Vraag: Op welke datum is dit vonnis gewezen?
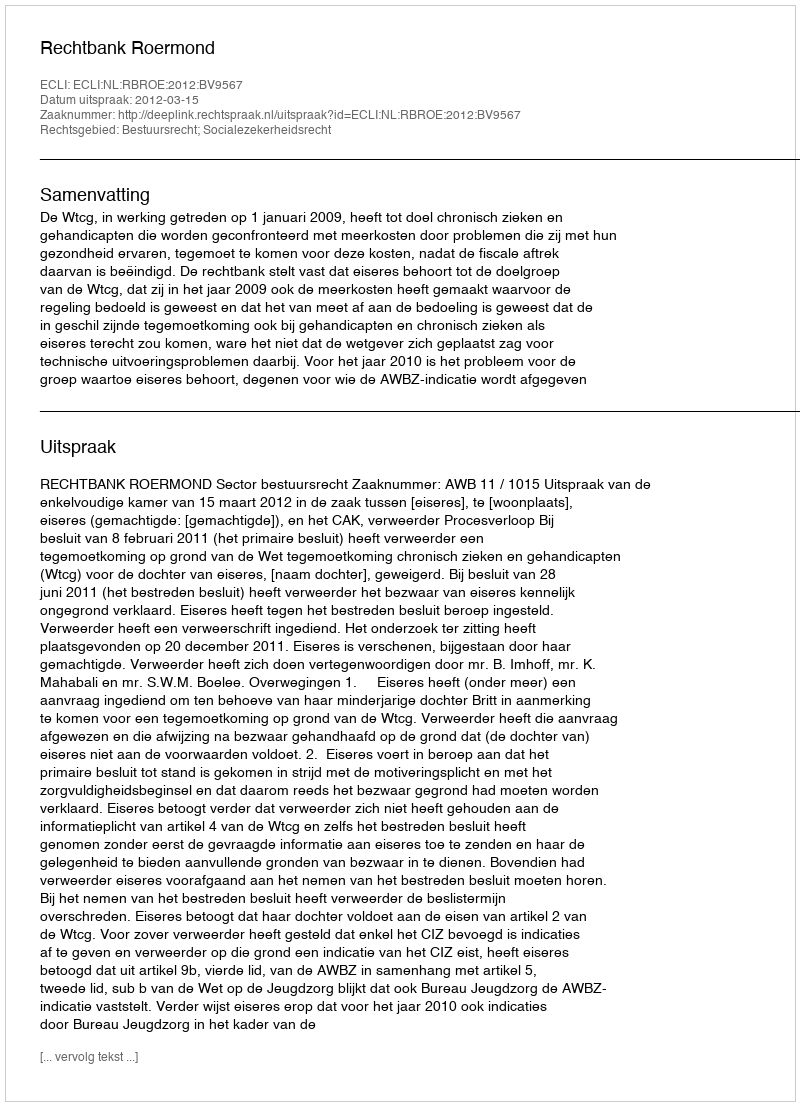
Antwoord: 2012-03-15